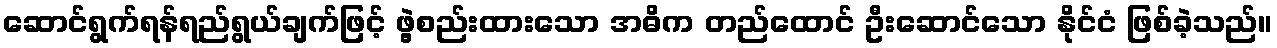
ဆောင်ရွက်ရန်ရည်ရွယ်ချက်ဖြင့် ဖွဲ့စည်းထားသော အဓိက တည်ထောင် ဦးဆောင်သော နိုင်ငံ ဖြစ်ခဲ့သည်။